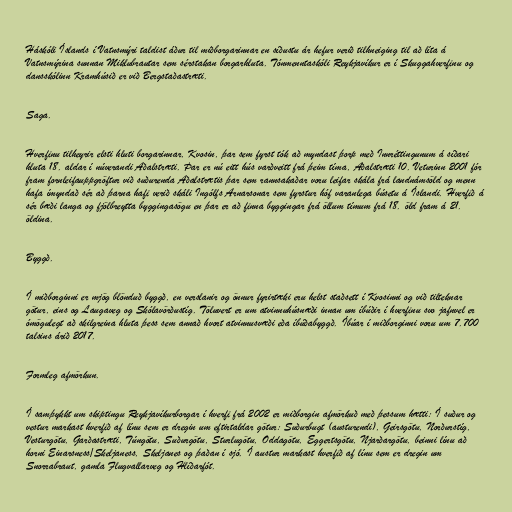
Háskóli Íslands í Vatnsmýri taldist áður til miðborgarinnar en síðustu ár hefur verið tilhneiging til að líta á
Vatnsmýrina sunnan Miklubrautar sem sérstakan borgarhluta. Tónmenntaskóli Reykjavíkur er í Skuggahverfinu og
dansskólinn Kramhúsið er við Bergstaðastræti.

Saga.

Hverfinu tilheyrir elsti hluti borgarinnar, Kvosin, þar sem fyrst tók að myndast þorp með Innréttingunum á síðari
hluta 18. aldar í núverandi Aðalstræti. Þar er nú eitt hús varðveitt frá þeim tíma, Aðalstræti 10. Veturinn 2001 fór
fram fornleifauppgröftur við suðurenda Aðalstrætis þar sem rannsakaðar voru leifar skála frá landnámsöld og menn
hafa ímyndað sér að þarna hafi verið skáli Ingólfs Arnarsonar sem fyrstur hóf varanlega búsetu á Íslandi. Hverfið á
sér bæði langa og fjölbreytta byggingasögu en þar er að finna byggingar frá öllum tímum frá 18. öld fram á 21.
öldina.

Byggð.

Í miðborginni er mjög blönduð byggð, en verslanir og önnur fyrirtæki eru helst staðsett í Kvosinni og við tilteknar
götur, eins og Laugaveg og Skólavörðustíg. Töluvert er um atvinnuhúsnæði innan um íbúðir í hverfinu svo jafnvel er
ómögulegt að skilgreina hluta þess sem annað hvort atvinnusvæði eða íbúðabyggð. Íbúar í miðborginni voru um 7.700
talsins árið 2017.

Formleg afmörkun.

Í samþykkt um skiptingu Reykjavíkurborgar í hverfi frá 2002 er miðborgin afmörkuð með þessum hætti: Í suður og
vestur markast hverfið af línu sem er dregin um eftirtaldar götur: Suðurbugt (austurendi), Geirsgötu, Norðurstíg,
Vesturgötu, Garðastræti, Túngötu, Suðurgötu, Sturlugötu, Oddagötu, Eggertsgötu, Njarðargötu, beinni línu að
horni Einarsness/Skeljaness, Skeljanes og þaðan í sjó. Í austur markast hverfið af línu sem er dregin um
Snorrabraut, gamla Flugvallarveg og Hlíðarfót.